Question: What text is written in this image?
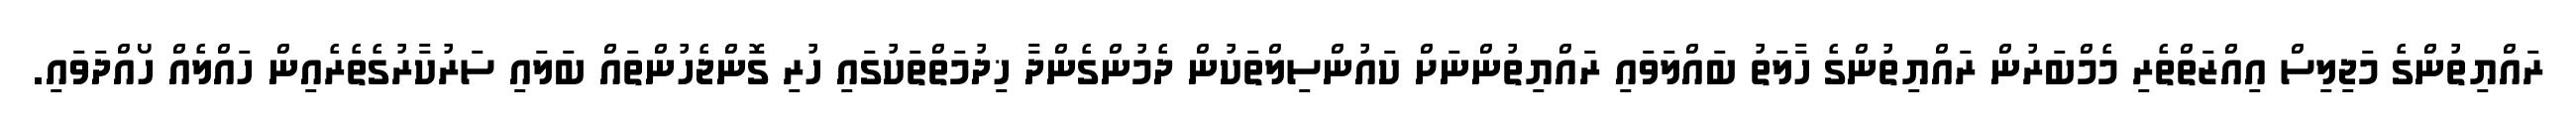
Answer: ރައްޔިތުންގެ މަޖިލިސް އިއްޒަތްތެރި މެމްބަރުން ރައްޔިތުންގެ ހާލަތު ބައްލަވައި ރައްޔިތުންނަށް ކައުންސިލްތަކުން ދެމުންގެންދާ ޚިދުމަތްތަކުގައި ހުރި ގޮންޖެހުންތައް ބަލައި ސަރުކާރުގެތެރެއިން ހައްލެއް ހޯއްދަވައި.